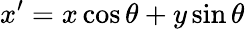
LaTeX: x^{\prime}=x\cos\theta+y\sin\theta